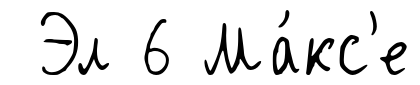
Эл 6 Ма́кс'е